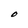
Character: O